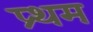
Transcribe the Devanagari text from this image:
प्र्थम